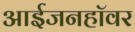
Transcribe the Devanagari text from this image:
आईजनहॉवर